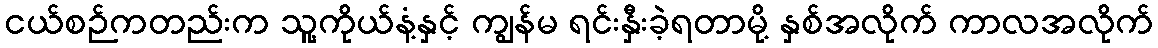
ငယ်စဉ်ကတည်းက သူ့ကိုယ်နံ့နှင့် ကျွန်မ ရင်းနှီးခဲ့ရတာမို့ နှစ်အလိုက် ကာလအလိုက်